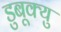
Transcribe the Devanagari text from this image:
डुबूक्यु